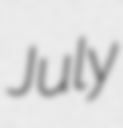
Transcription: July